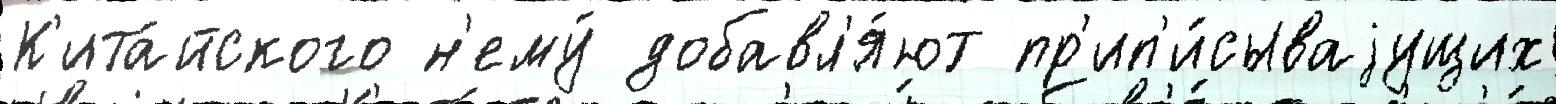
К'ита́йского н'ему́ добавл'я́ют пр'ип'и́сываjущих